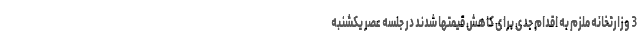
3 وزارتخانه ملزم به اقدام جدی برای کاهش قیمتها شدند در جلسه عصر یکشنبه